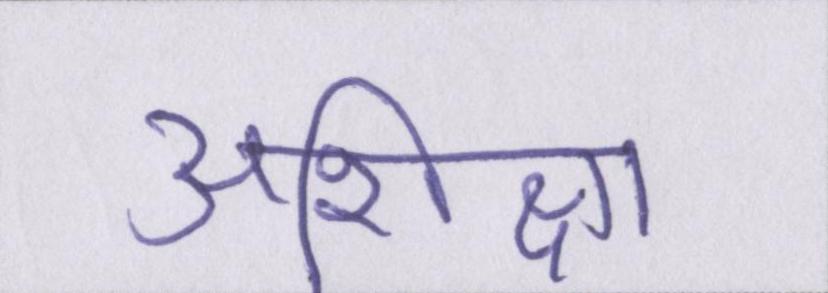
अशिक्षा